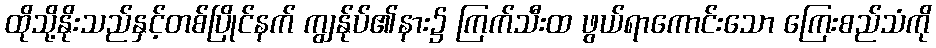
ထိုသို့နိုးသည်နှင့်တစ်ပြိုင်နက် ကျွန်ုပ်၏နား၌ ကြက်သီးထ ဖွယ်ရာကောင်းသော ကြေးစည်သံကို